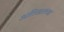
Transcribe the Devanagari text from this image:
अतिसारच्या